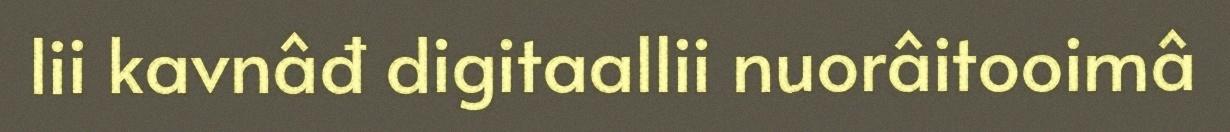
lii kavnâđ digitaallii nuorâitooimâ